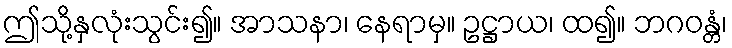
ဤသို့နှလုံးသွင်း၍။ အာသနာ၊ နေရာမှ။ ဥဋ္ဌာယ၊ ထ၍။ ဘဂဝန္တံ၊